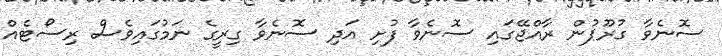
ސޮނެވާ ގުރޫޕުން ރާއްޖޭގައި ސޮނެވާ ފުށި އަދި ސޮނެވާ ގިރީގެ ނަމުގައިވެސް ރިސޯޓެއް